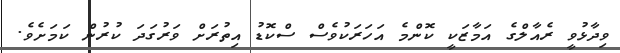
ވިދާޅުވީ ރެއާލްގެ އަމާޒަކީ ކޮންމެ އަހަރަކުވެސް ސްކޮޑު އިތުރަށް ވަރުގަދަ ކުރުން ކަމަށެވެ.